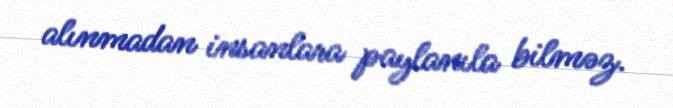
alınmadan insanlara paylanıla bilməz.